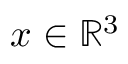
x \in \mathbb { R } ^ { 3 }